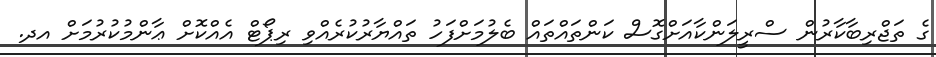
ގެ ތަޖްރިބާކާރުން ސްރީލަންކާއަށްގޮސް ކަންތައްތައް ބެލުމަށްފަހު ތައްޔާރުކުރެއްވި ރިޕޯޓް އެއްކޮށް ޢާންމުކުރުމަށް އދ.